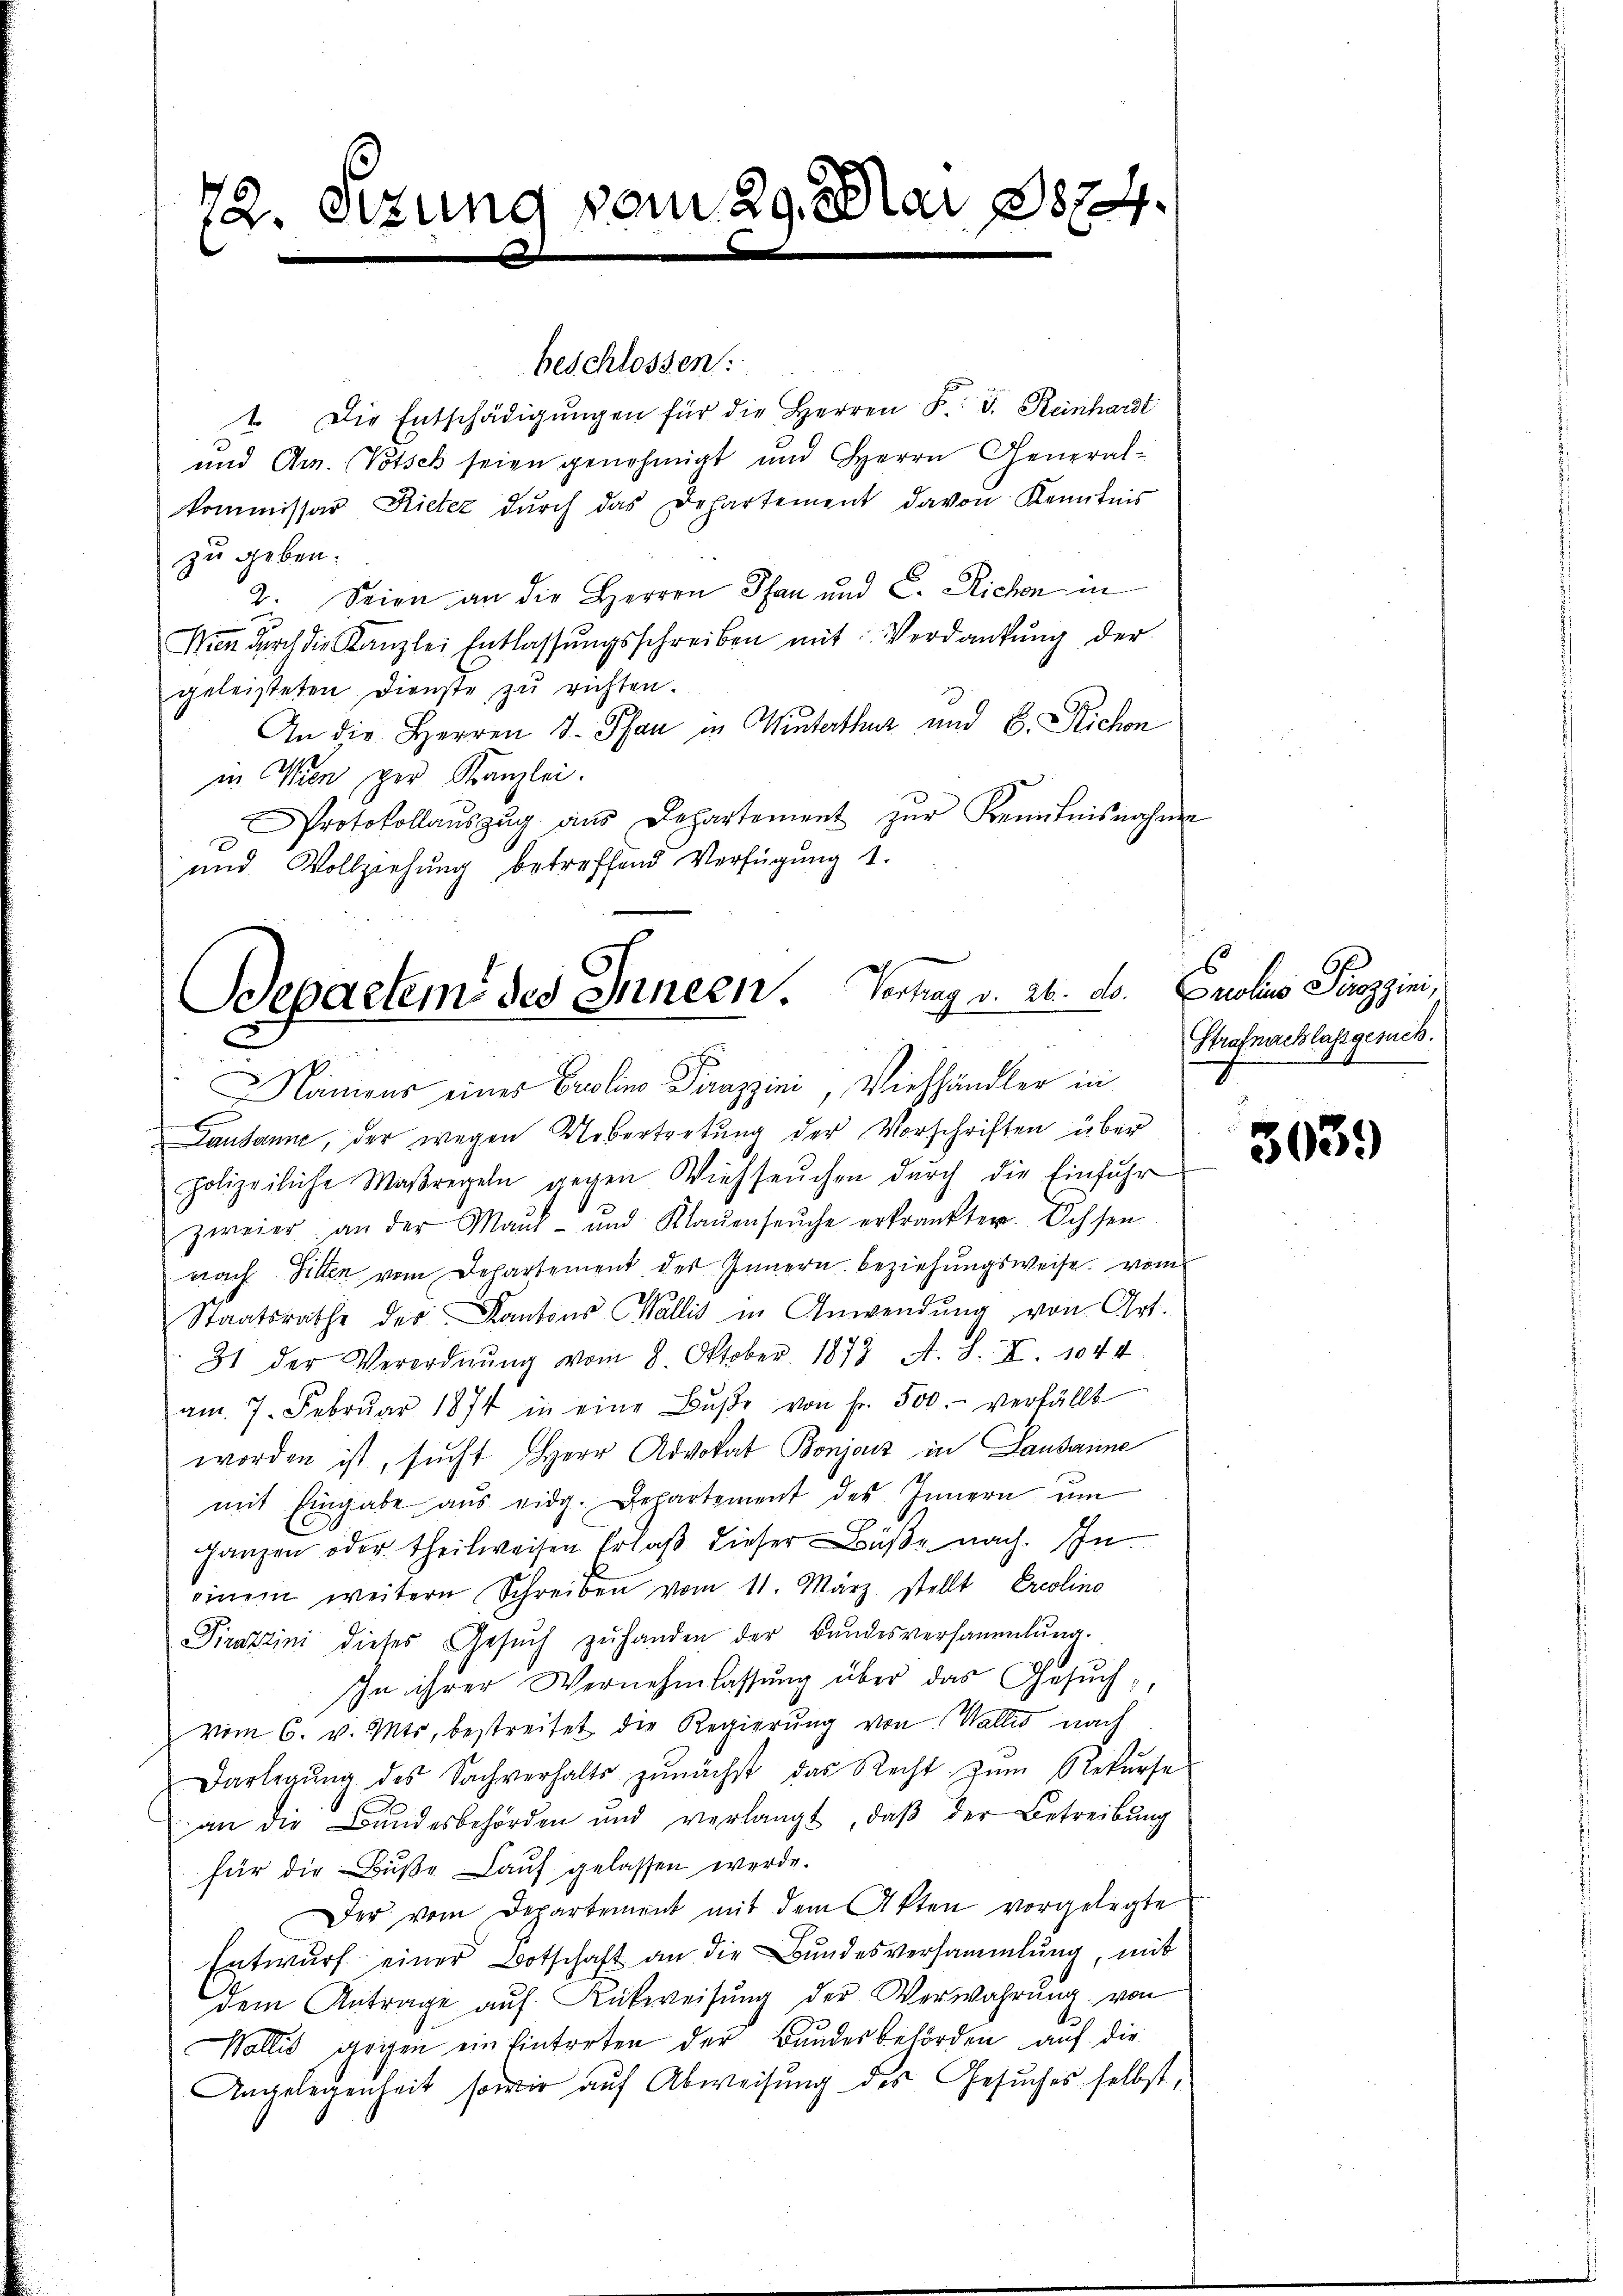
72. Stzung vom 29. Mai 1874.

1. Die Entschädigŭngen für die Herren F. J. Reinhardt
und Chr. (Votsch seien genohmigt und Herrn Generalkommissar Rieter dŭrch das Departement davon Kenntnis
zu geben.
2. Seien an die Herren Pfan und C. Richen in
Nien durch die Kanzlei Entlassŭngsschreiben mit Verdankŭng der
geleisteten Dienste zu richten.
An die Herren J. Pfau in Winterthur und 8. Richon
in Wien per Kanzlei.
Protokollaŭszŭg aŭs Departement zŭr Kenntnisnahme
und Vollziehung betreffend Verfügung 1.

beschlossen:

Departem des Innern. Vertrag v. 26. ds.
Namens eines Crolina Pirazzini, Viehhändler in

Lausanne, der wegen Uebertretung der Vorschriften über
polizeiliche Maßregeln gegen Viehseŭchen dŭrch die Einführ
zweier, an der Mand- und Klaŭenseuche erkränkten. Ich sei
nach Sitten vom Departement des Innern Beziehungsweise vom
Staatsrathe der Kantons Wallis in Anwendung, von Art.
31 der Verordnŭng vom 8. Oktober. 1873 A. S. XI. 1044
am 7. Febrŭar 1874 in eine Bŭβe von Fr. 500.- verfällt
worden ist, sŭcht Herr Advokat Bonjoiz in Lausanne
mit Eingabe aus eidg. Departement des Innern um
ganzen oder Theilweisen Erlaß dieser Buße nach. In
einem weitern Schreiben vom 11. März stellt Ercolina
Tirazzini dieses Gesŭch zŭ handen der Bŭndesversammlung.
In ihrer Vernehmlassung über das Gesuchvom 6. v. Mts. bestreitet die Regierung von Wallis nach
Darlegŭng des Sachverhalts zŭnächst das Recht zŭm Rekŭrse
an die Bandesbehörden und verlangt, daβ der Betreibŭng
für die Bŭβe aŭf gelassen werde.
Der vom Departement mit dem Akten vorgelegte
Entwurf einer Botschaft an die Bundesversammlung, mit
dem Antrage auf Rückweisung der Verwahrung von
Wollis geigen ein Eintreten der Bundesbehörden auf die
Angelegenheit sowie auf Abweisung des Gesuches selbst,

Prolina Parzen,
Strafnachlassgesuch.

303.